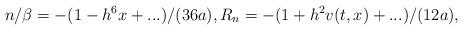
LaTeX: \begin{align*}n/\beta=-(1-h^{6}x+...)/(36a), R_{n}=-(1+h^{2}v(t,x)+...)/(12a),\end{align*}